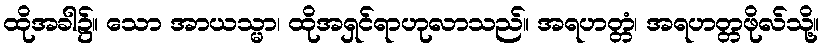
ထိုအခါ၌။ သော အာယသ္မာ၊ ထိုအရှင်ရာဟုလာသည်။ အရဟတ္တံ၊ အရဟတ္တဖိုလ်သို့။